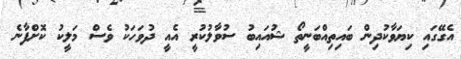
އެގޭގައި ކިޔަވާކުދިން ބައިތިއްބަނީތޯ ޝުއައިބު ސުވާލުކުރީ އެއީ ދުވަހަކު ވެސް މަލީކު ކޮށްފާނެ